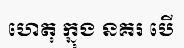
ហេតុ ក្នុង នគរ បើ